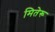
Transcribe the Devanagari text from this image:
मितेरू